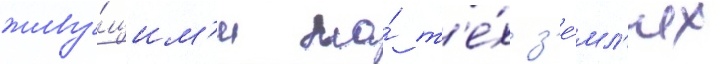
живу́щим'и на́ т'е́х з'е́мл'ях